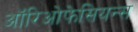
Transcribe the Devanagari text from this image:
ऑरिओफेसियन्स